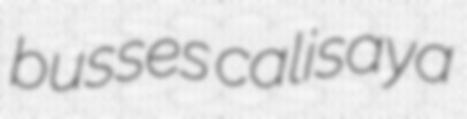
busses calisaya